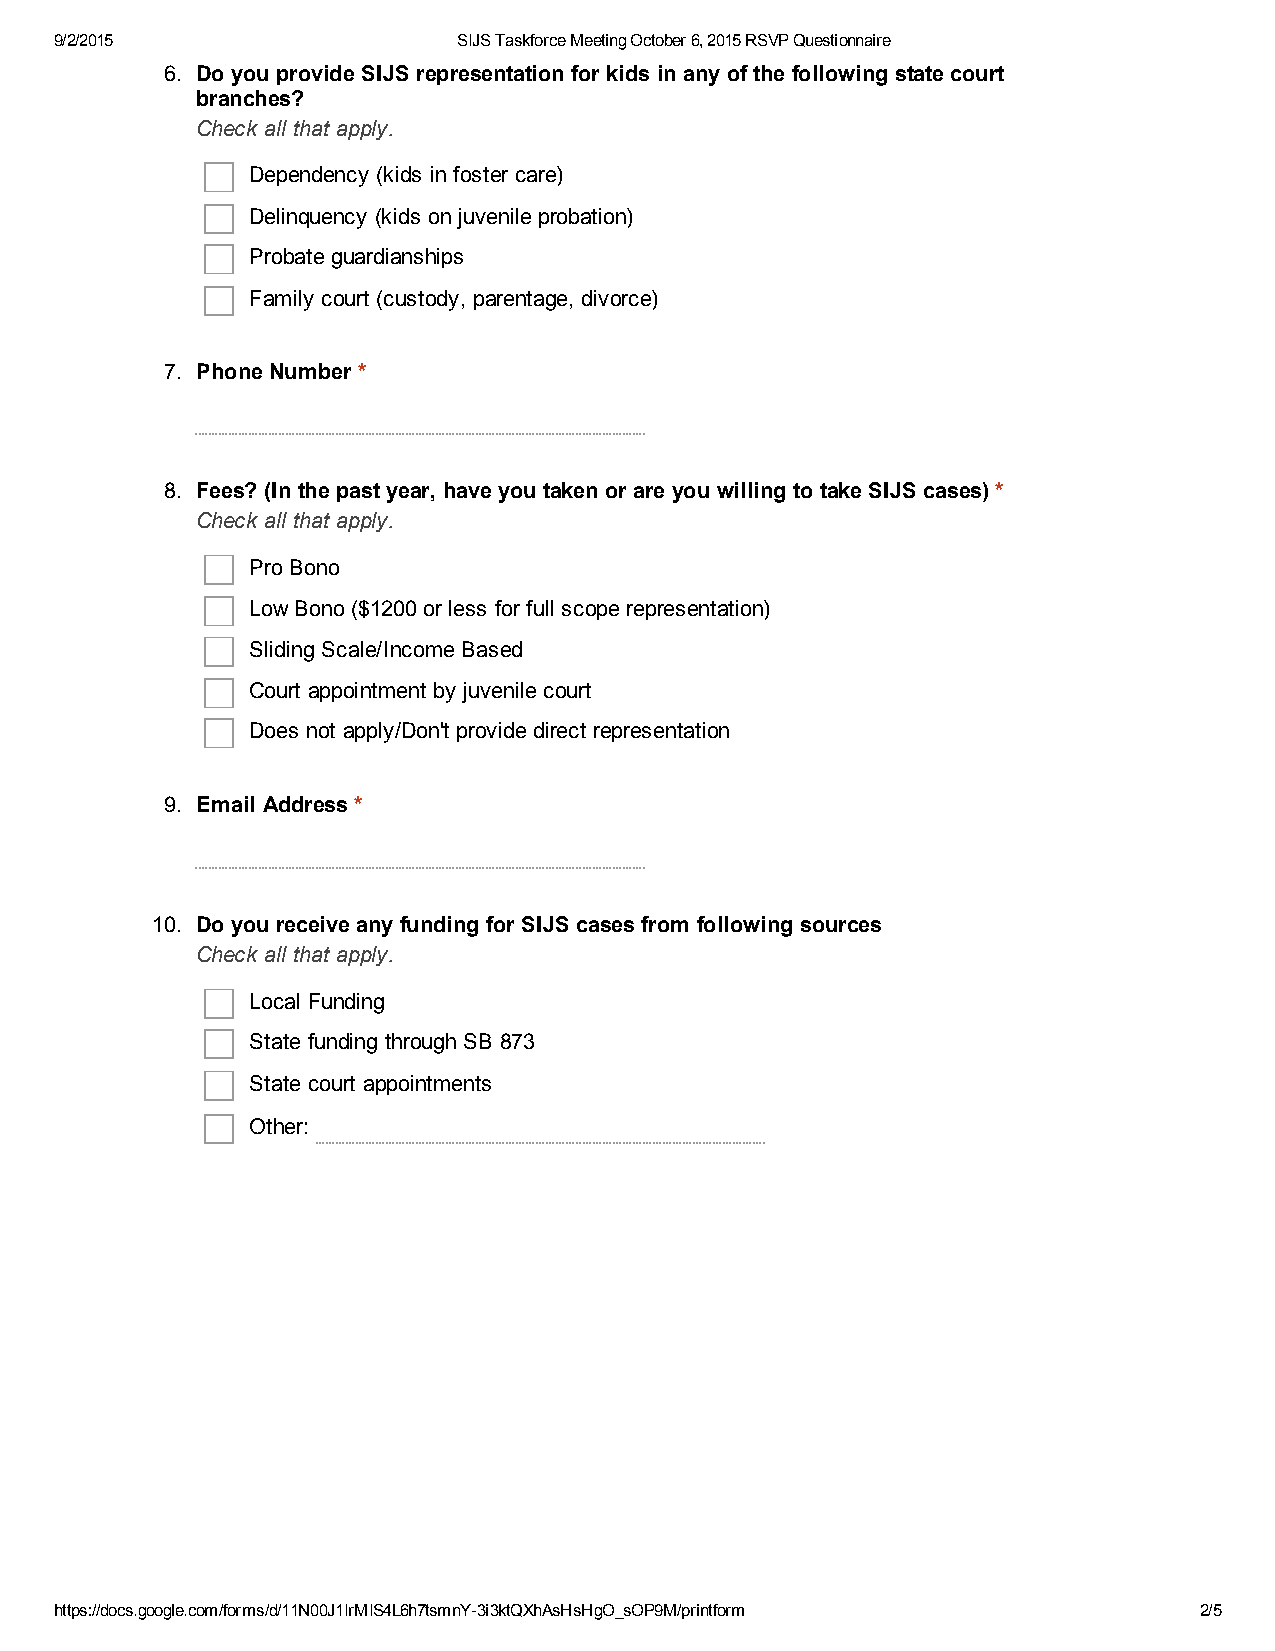
9/2/2015                  SIJS Taskforce Meeting October 6, 2015 RSVP Questionnaire
 6. Do you provide SIJS representation for kids in any of the following state court
 branches?
 Check all that apply.
 Dependency (kids in foster care)
 Delinquency (kids on juvenile probation)
 Probate guardianships
 Family court (custody, parentage, divorce)
 7. Phone Number *
 8. Fees? (In the past year, have you taken or are you willing to take SIJS cases) *
 Check all that apply.
 Pro Bono
 Low Bono ($1200 or less for full scope representation)
 Sliding Scale/Income Based
 Court appointment by juvenile court
 Does not apply/Don't provide direct representation
 9. Email Address *
 10. Do you receive any funding for SIJS cases from following sources
 Check all that apply.
 Local Funding
 State funding through SB 873
 State court appointments
 Other:
 https://docs.google.com/forms/d/11N00J1IrMIS4L6h7tsmnY­3i3ktQXhAsHsHgO_sOP9M/printform 2/5